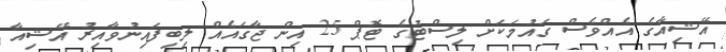
އޭޝިއާގެ އެއްވެސް ގައުމަކަށް ލިސްޓުގެ ޓޮޕް 25 އިން ޖާގައެއް ލިބިފައިނުވާއިރު އޭޝިއާ